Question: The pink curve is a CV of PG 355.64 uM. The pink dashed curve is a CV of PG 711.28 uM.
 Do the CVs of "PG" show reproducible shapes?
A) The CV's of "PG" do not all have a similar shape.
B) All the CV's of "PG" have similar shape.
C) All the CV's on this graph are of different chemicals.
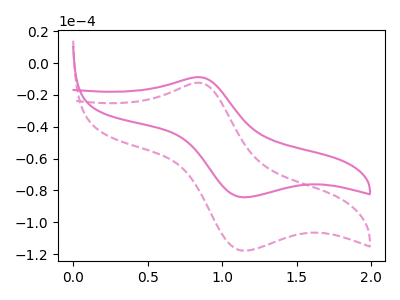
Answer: <think>The pink curve "PG 355.64 uM" has an anodic peak at (0.85V, -8.80uA) and a cathodic peak at (1.15V, -84.35uA). The pink dashed curve "PG 711.28 uM" has an anodic peak at (0.85V, -12.30uA) and a cathodic peak at (1.15V, -117.95uA).
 All the peaks in "PG 355.64 uM" have a peak in "PG 711.28 uM" at the same potential.</think>
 <answer>B) All the CV's of "PG" have similar shape.</answer>
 <eval>B</eval>